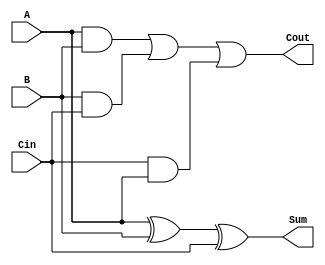
module FullAdder(
    input wire A,
    input wire B,
    input wire Cin,
    output wire Sum,
    output wire Cout
);
    assign Sum = A ^ B ^ Cin;
    assign Cout = (A & B) | (B & Cin) | (Cin & A);
endmodule